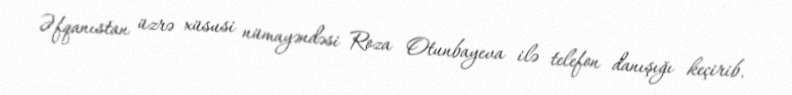
Əfqanıstan üzrə xüsusi nümayəndəsi Roza Otunbayeva ilə telefon danışığı keçirib.